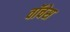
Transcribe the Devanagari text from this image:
वॉचेस